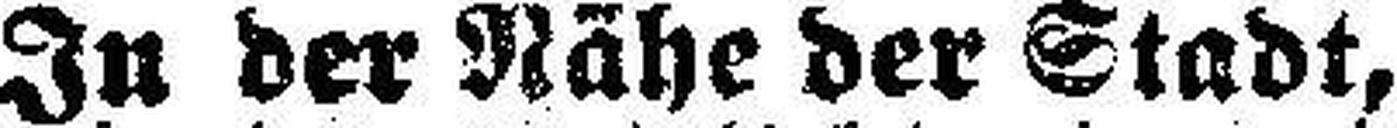
In der Nähe der Stadt,